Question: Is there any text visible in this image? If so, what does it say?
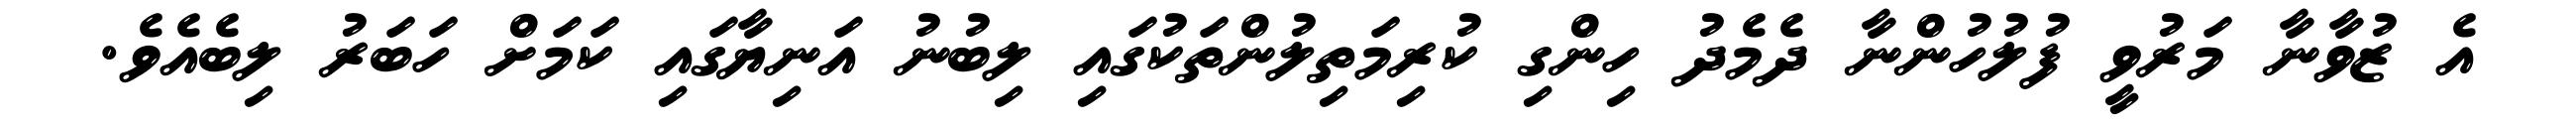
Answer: އެ ޒުވާނާ މަރުވީ ފުލުހުންނާ ދެމެދު ހިންގި ކުރިމަތިލުންތަކުގައި ލިބުނު އަނިޔާގައި ކަމަށް ހަބަރު ލިބެއެވެ.